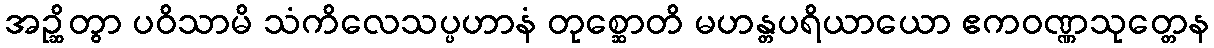
အဉ္ဆိတွာ ပဝိသာမိ သံကိလေသပ္ပဟာနံ တုစ္ဆောတိ မဟန္တပရိယာယော ဧကဝဏ္ဏသုတ္တေန